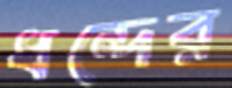
ধন্দের